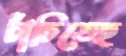
চাঁচিতেছ